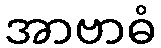
အာဗာဓံ